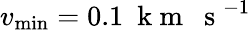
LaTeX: v_{\mathrm{min}}=0.1~\mathrm{~k~m~~~s~}^{-1}